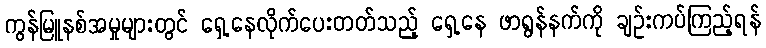
ကွန်မြူနစ်အမှုများတွင် ရှေ့နေလိုက်ပေးတတ်သည့် ရှေ့နေ ဖာရွန်နက်ကို ချဉ်းကပ်ကြည့်ရန်